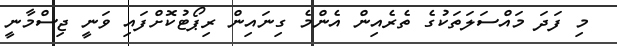
މި ފަދަ މައްސަލަތަކުގެ ތެރެއިން އެންމެ ގިނައިން ރިޕޯޓުކޮށްފައި ވަނީ ޖިސްމާނީ